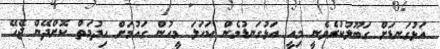
އަޅުގަނޑަށް ގަބޫލުކުރެވެނީ މިއީ އަޅުގަނޑުމެން ކަހަލަ މީހުން ގައުމަށް ހިދުމަތް ކޮށްދޭން ޖެހޭ